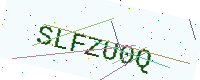
Text: SLFZU0Q